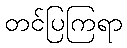
တင်ပြကြရာ